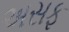
અસફ